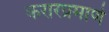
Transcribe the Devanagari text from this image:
करारप्रमाणे